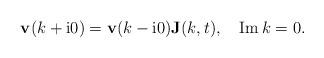
LaTeX: \begin{align*}\mathbf{v}(k+\mathrm{i}0)=\mathbf{v}(k-\mathrm{i}0)\mathbf{J}(k,t),\ \ \ \operatorname{Im}k=0. \end{align*}